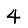
Digit: 4